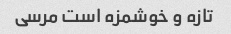
تازه و خوشمزه است مرسی